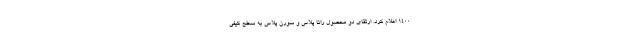
۱۴۰۰ اعلام کرد. ارتقای دو محصول رانا پلاس و سورن پلاس به سطح کیفی